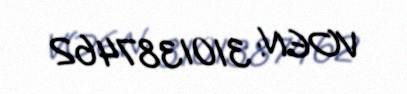
VOEN: 3101387462